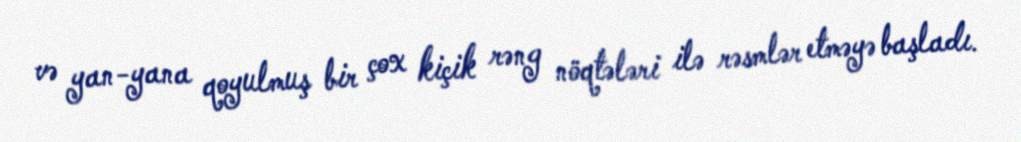
və yan-yana qoyulmuş bir çox kiçik rəng nöqtələri ilə rəsmlər etməyə başladı.